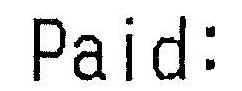
PAID: